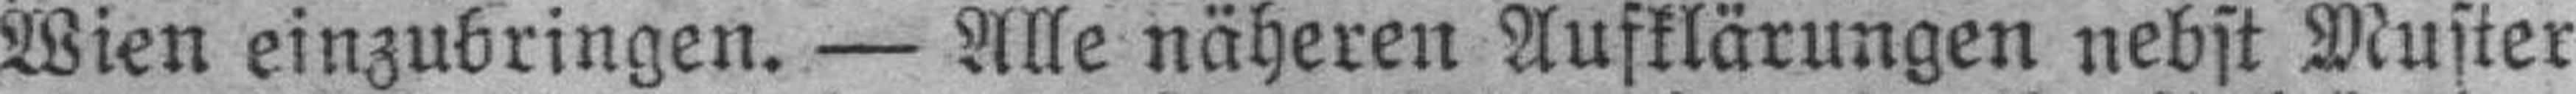
Wien einzubringen. — Alle näheren Aufklärungen nebst Muster